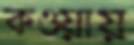
কওয়ায়